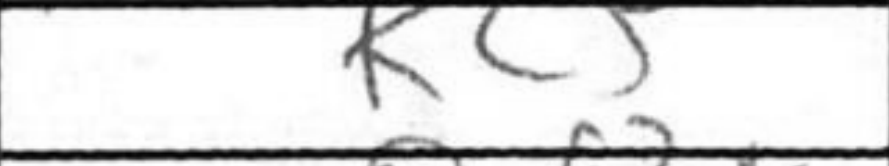
Transcription: Kc5